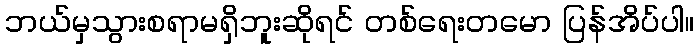
ဘယ်မှသွားစရာမရှိဘူးဆိုရင် တစ်ရေးတမော ပြန်အိပ်ပါ။